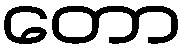
တော